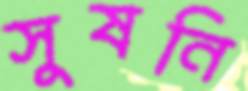
সুষনি